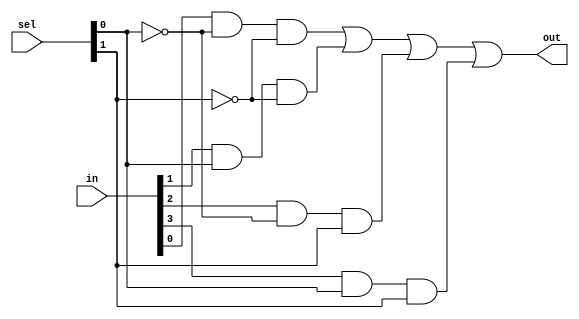
module mux4to1(out, in, sel);
    input[3:0] in;
    input[1:0] sel;
    output out;
    wire not1, not2, out1, out2, out3, out4;

    not n1(not1, sel[0]);
    not n2(not2, sel[1]);
    and a1(out1, in[0], not1, not2);
    and a2(out2, in[1], sel[0], not2);
    and(out3, in[2], not1, sel[1]);
    and(out4, in[3], sel[0], sel[1]);
    or(out, out1, out2, out3, out4);
endmodule